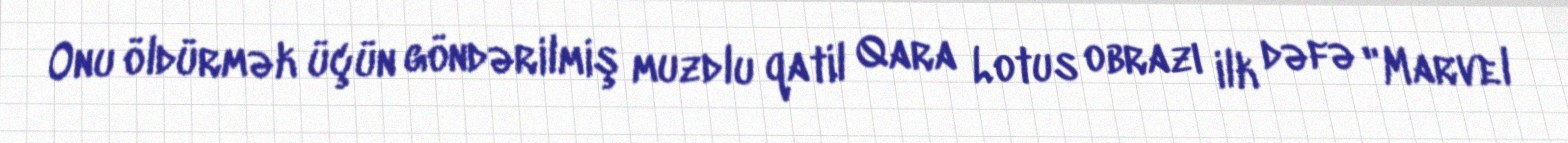
Onu öldürmək üçün göndərilmiş muzdlu qatil Qara Lotus obrazı ilk dəfə "Marvel